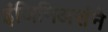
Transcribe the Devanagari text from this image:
इंजिनिअर्सने